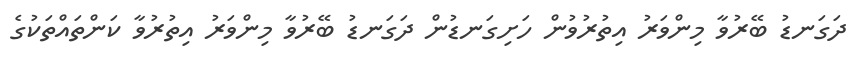
ދަގަނޑު ބޭރުވާ މިންވަރު އިތުރުވުން ހަށިގަނޑުން ދަގަނޑު ބޭރުވާ މިންވަރު އިތުރުވާ ކަންތައްތަކުގެ